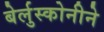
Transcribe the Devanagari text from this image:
बेर्लुस्कोनीने